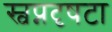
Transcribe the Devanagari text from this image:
स्वप्नदृषटा